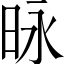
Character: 昹